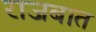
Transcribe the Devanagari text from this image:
राजबात